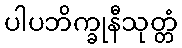
ပါပဘိက္ခုနီသုတ္တံ